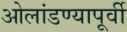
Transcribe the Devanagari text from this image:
ओलांडण्यापूर्वी